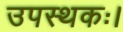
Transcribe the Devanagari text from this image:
उपस्थकः।